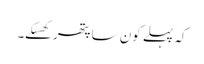
کہ پہلے کون سا پتھر کھسکے۔